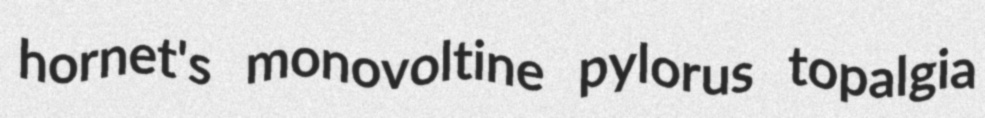
hornet's monovoltine pylorus topalgia